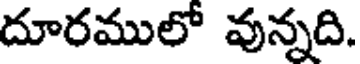
దూరములో వున్నది.